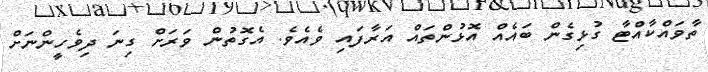
ތާވައްކާއްޓާ ގުޅިގެން ބައެއް އޮޅުންތައް އަރާފައި ވެއެވެ. އެގޮތުން ވަރަށް ގިނަ ދިވެހީންނަށް